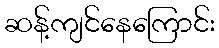
ဆန့်ကျင်နေကြောင်း